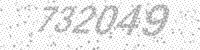
Solution: 732049